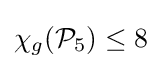
\chi _{g}({\mathcal {P}}_{5})\leq 8